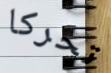
تحركا